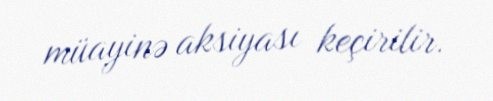
müayinə aksiyası keçirilir.